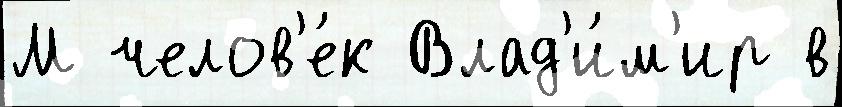
М челов'е́к Влад'и́м'ир в